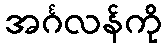
အင်္ဂလန်ကို